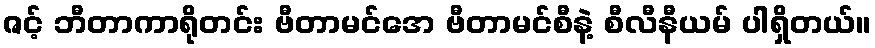
ဇင့် ဘီတာကာရိုတင်း ဗီတာမင်အေ ဗီတာမင်စီနဲ့ စီလီနီယမ် ပါရှိတယ်။